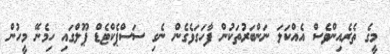
މީގެ ތެރެއިންވެސް އެއްކަލަ ނަންބަރުތަކުން ފާހަގަވެގެން ނެގި ސަސްޕެކްޓެޑް ޕޫލްގައި ހިމެނޭ މީހުން